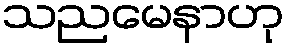
သညမေနာဟု